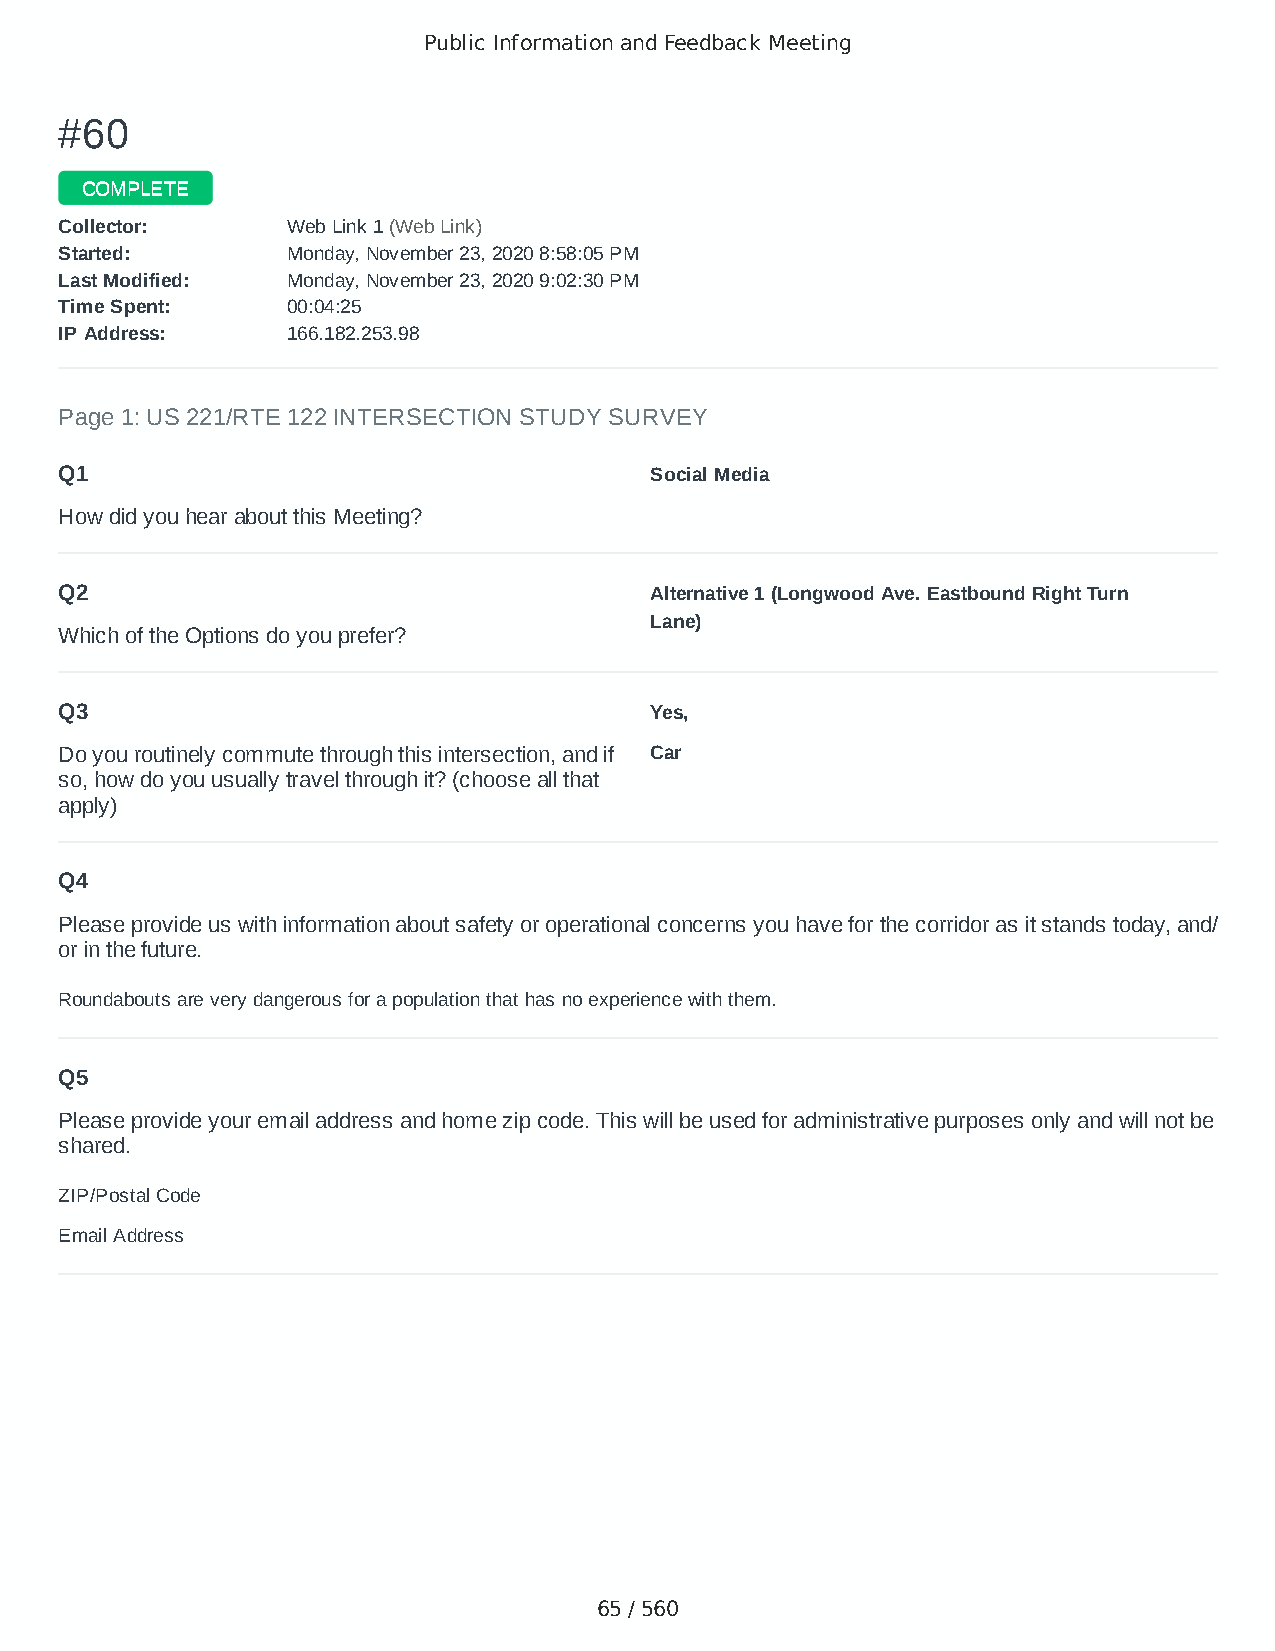
Public Information and Feedback Meeting
 ##6600
 CCOOMMPPLLEETTEE
 CCoolllleeccttoorr:: WWeebb LLiinnkk 11 ((WWeebb LLiinnkk))
 SSttaarrtteedd:: MMoonnddaayy,, NNoovveemmbbeerr 2233,, 22002200 88::5588::0055 PPMM
 LLaasstt MMooddiiffiieedd:: MMoonnddaayy,, NNoovveemmbbeerr 2233,, 22002200 99::0022::3300 PPMM
 TTiimmee SSppeenntt:: 0000::0044::2255
 IIPP AAddddrreessss:: 116666..118822..225533..9988
 Page 1: US 221/RTE 122 INTERSECTION STUDY SURVEY
 Q1                                     Social Media
 How did you hear about this Meeting?
 Q2                                     Alternative 1 (Longwood Ave. Eastbound Right Turn
 Lane)
 Which of the Options do you prefer?
 Q3                                     Yes,
 Do you routinely commute through this intersection, and if Car
 so, how do you usually travel through it? (choose all that
 apply)
 Q4
 Please provide us with information about safety or operational concerns you have for the corridor as it stands today, and/
 or in the future.
 Roundabouts are very dangerous for a population that has no experience with them.
 Q5
 Please provide your email address and home zip code. This will be used for administrative purposes only and will not be
 shared.
 ZIP/Postal Code                        24523
 Email Address                          tgurleyrands@gmail.com
 65 / 560